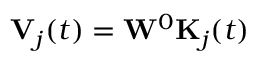
\mathbf { V } _ { j } ( t ) = \mathbf { W } ^ { 0 } \mathbf { K } _ { j } ( t )